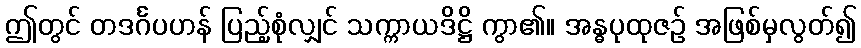
ဤတွင် တဒင်္ဂပဟန် ပြည့်စုံလျှင် သက္ကာယဒိဋ္ဌိ ကွာ၏။ အန္ဓပုထုဇဉ် အဖြစ်မှလွတ်၍